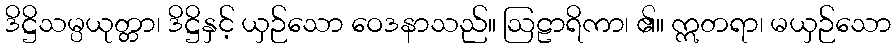
ဒိဋ္ဌိသမ္ပယုတ္တာ၊ ဒိဋ္ဌိနှင့် ယှဉ်သော ဝေဒနာသည်။ ဩဠာရိကာ၊ ၏။ ဣတရာ၊ မယှဉ်သော